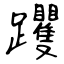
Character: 躩